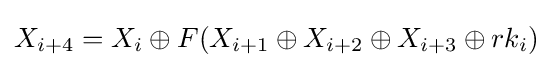
X_{i+4}=X_{i}\oplus F(X_{i+1}\oplus X_{i+2}\oplus X_{i+3}\oplus rk_{i})